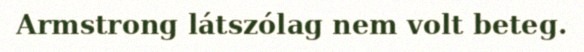
Armstrong látszólag nem volt beteg.